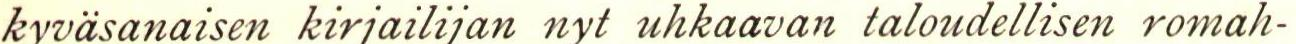
kyväsanaisen kirjailijan nyt uhkaavan taloudellisen romah-